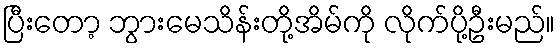
ပြီးတော့ ဘွားမေသိန်းတို့အိမ်ကို လိုက်ပို့ဦးမည်။